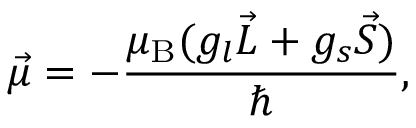
{ \vec { \mu } } = - { \frac { \mu _ { \mathrm { { B } } } ( g _ { l } { \vec { L } } + g _ { s } { \vec { S } } ) } { \hbar } } ,